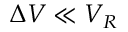
\Delta V \ll V _ { R }